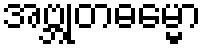
အဗ္ဘုတဓမ္မော